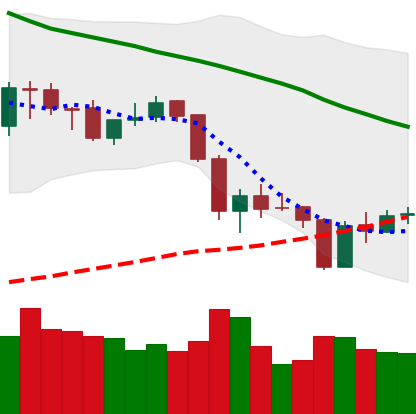
Ticker: ETH-USD
Chart end date: 2018-06-01
Forward return: 4.669%
Label: up_3_5